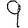
Digit: 9